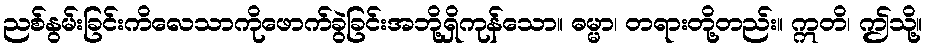
ညစ်နွမ်းခြင်းကိလေသာကိုဖောက်ခွဲခြင်းအဘို့ရှိကုန်သော။ ဓမ္မာ၊ တရားတို့တည်း။ ဣတိ၊ ဤသို့။